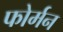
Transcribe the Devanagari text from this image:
फोर्मन